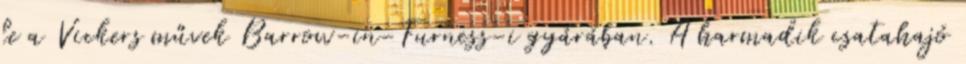
le a Vickers művek Barrow-in-Furness-i gyárában. A harmadik csatahajó